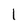
Character: 1